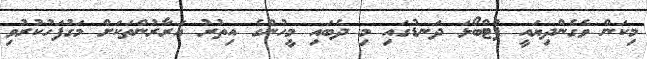
މިކަން ވެގެންދިޔައީ ފުޓްބޯޅަ ދަނޑުގައި މި ދެބައި މީހުންގެ އިތުރު އަރާރުންތަކަށް މަގުފަހުކުރުވި